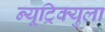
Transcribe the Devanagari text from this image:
न्यूट्रिक्युला